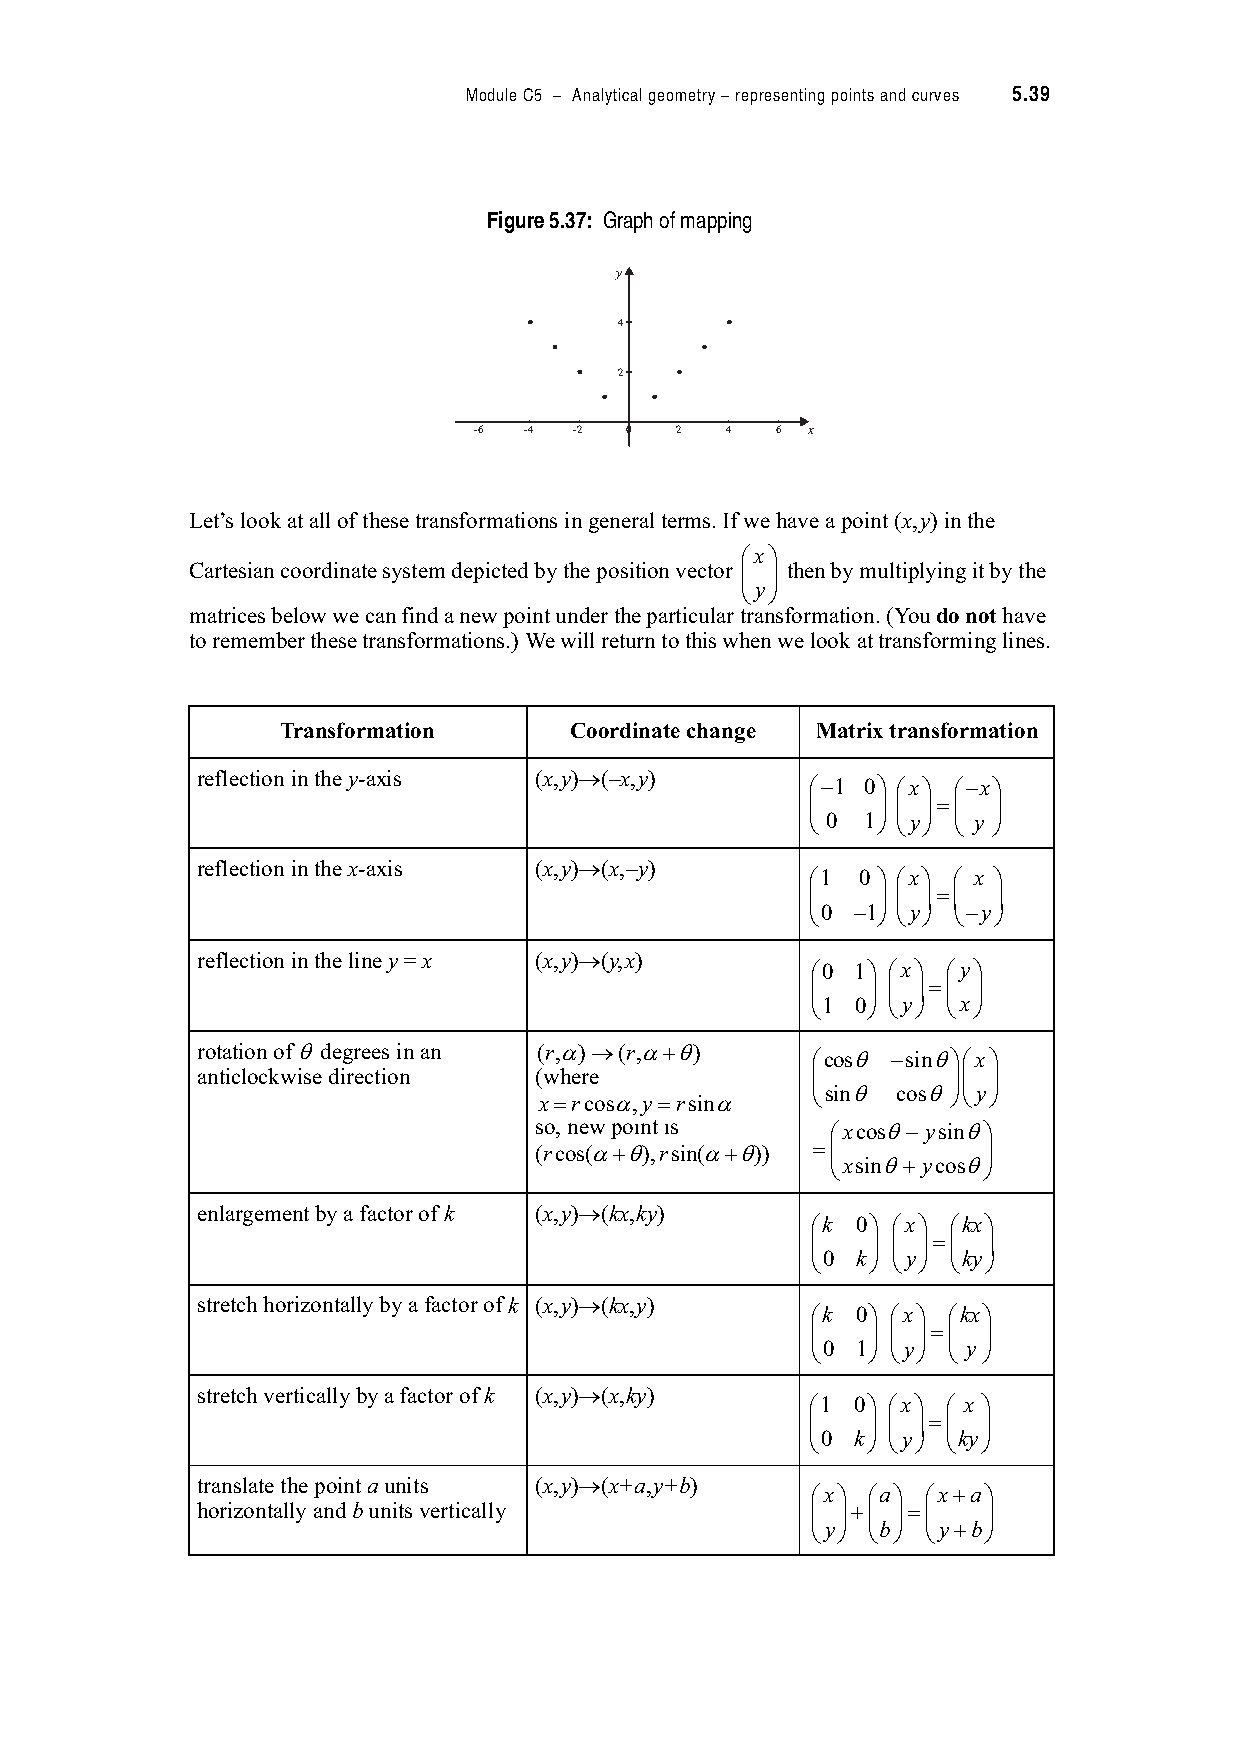
Module C5 – Analytical geometry – representing points and curves 5.39
 Figure 5.37: Graph of mapping
 y
 4
 2
 -6  -4 -2 0   2  4  6 x
 Let’s look at all of these transformations in general terms. If we have a point (x,y) in the
 "x#
 Cartesian coordinate system depicted by the position vector $ % then by multiplying it by the
 &y'
 matrices below we can find a new point under the particular transformation. (You do not have
 to remember these transformations.) We will return to this when we look at transforming lines.
 Transformation     Coordinate change Matrix transformation
 reflection in the y-axis (x,y)-(–x,y)
 " 1 0# "x# " x#
 $   % $ %($ %
 & 0 1' &y' & y '
 reflection in the x-axis (x,y)-(x,–y)
 "1 0 # "x# " x #
 $   % $ %($ %
 &0 1' &y' & y'
 reflection in the line y = x (x,y)-(y,x)
 "0 1# "x# "y#
 $  % $ %($ %
 &1 0' &y' &x'
 rotation of . degrees in an (r,/)-(r,/).) "cos. sin.#"x#
 anticlockwise direction (where           $        %$ %
 x(rcos/,y(rsin/
 &sin. cos.'&y'
 so, new point is    "xcos. ysin.#
 (rcos(/).),rsin(/).)) ($      %
 &xsin.) ycos.'
 enlargement by a factor of k (x,y)-(kx,ky)
 "k 0# "x# "kx#
 $   % $ %($ %
 &0 k' &y' &ky'
 stretch horizontally by a factor of k (x,y)-(kx,y)
 "k 0# "x# "kx#
 $   % $ %($ %
 &0 1' &y' & y '
 stretch vertically by a factor of k (x,y)-(x,ky)
 "1 0# "x# " x #
 $  % $ %($ %
 &0 k' &y' &ky'
 translate the point a units (x,y)-(x+a,y+b)
 "x# "a# "x)a#
 horizontally and b units vertically      $ %)$ %($  %
 &y' &b' &y)b'